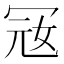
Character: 㓂